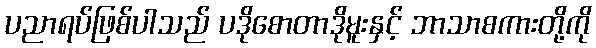
ပညာရပ်ဖြစ်ပါသည် ပဒိုစောတာဒိုမူးနှင့် ဘာသာစကားတို့ကို